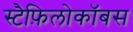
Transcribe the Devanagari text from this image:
स्टैफ़िलोकॉबस